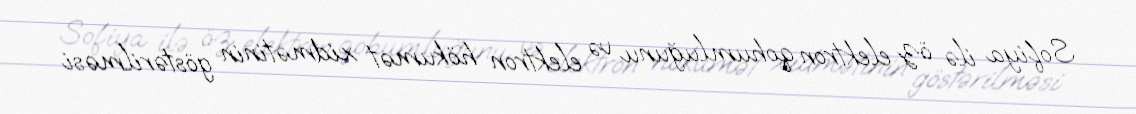
Sofiya ilə öz elektron qohumluğunu və elektron hökumət xidmətinin göstərilməsi